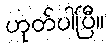
ဟုတ်ပါပြီ။